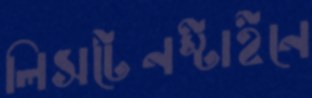
লিসটেনস্টাইনে